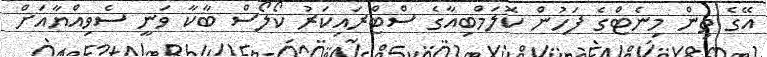
އޭގެ ތިން މިނެޓްގެ ފަހުން ކޮލަމްބިއާގެ ސްޓްރައިކަރު ކޯލޯސް ބާކާ ވަނީ ސެވިއްޔާއަށް